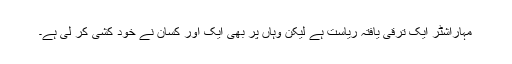
مہاراشٹر ایک ترقی یافتہ ریاست ہے لیکن وہاں پر بھی ایک اور کسان نے خود کشی کر لی ہے۔